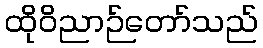
ထိုဝိညာဉ်တော်သည်